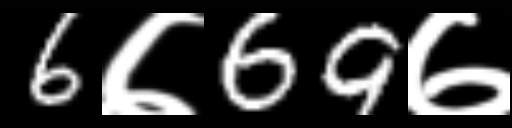
Text: 6७69७